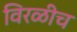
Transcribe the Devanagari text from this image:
विरळीच